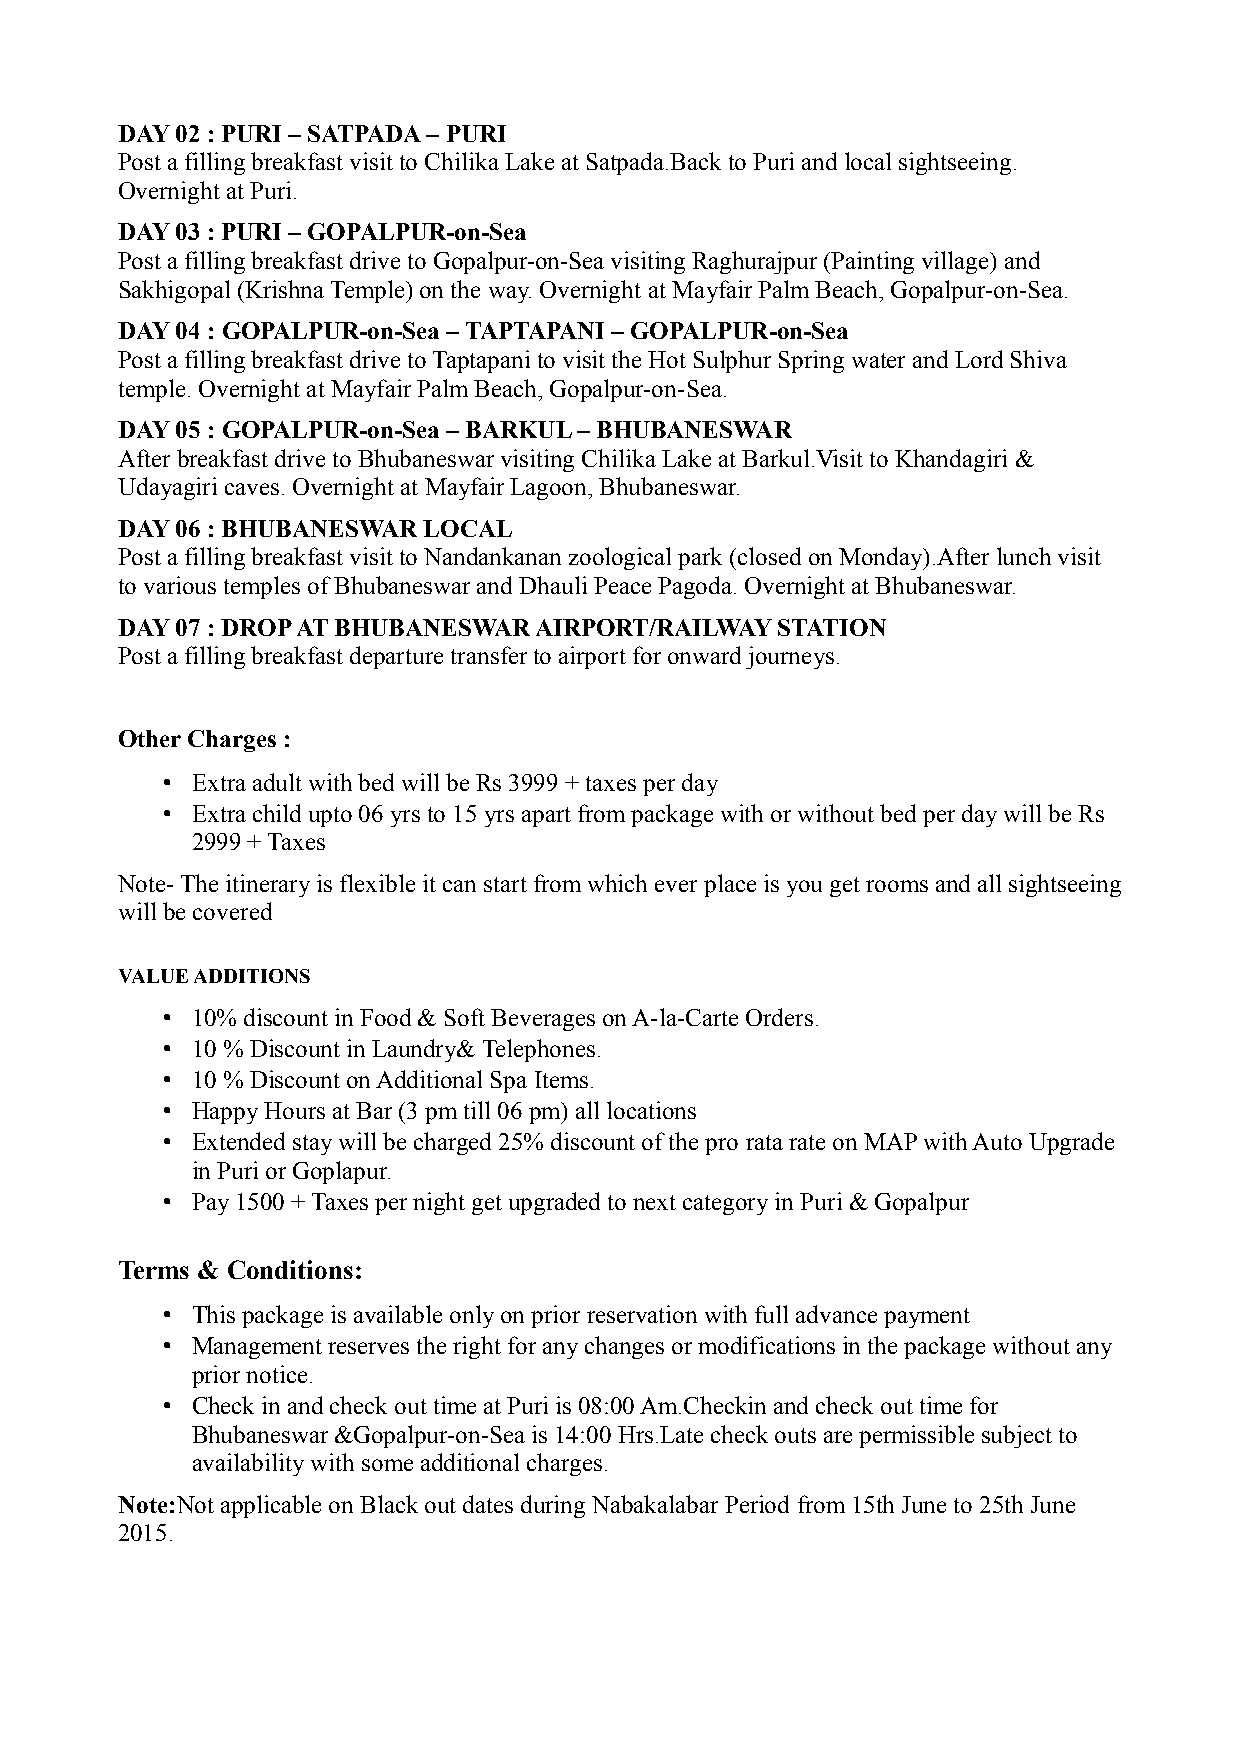
DAY 02 : PURI – SATPADA – PURI
 Post a filling breakfast visit to Chilika Lake at Satpada.Back to Puri and local sightseeing.
 Overnight at Puri.
 DAY 03 : PURI – GOPALPUR-on-Sea
 Post a filling breakfast drive to Gopalpur-on-Sea visiting Raghurajpur (Painting village) and
 Sakhigopal (Krishna Temple) on the way. Overnight at Mayfair Palm Beach, Gopalpur-on-Sea.
 DAY 04 : GOPALPUR-on-Sea – TAPTAPANI – GOPALPUR-on-Sea
 Post a filling breakfast drive to Taptapani to visit the Hot Sulphur Spring water and Lord Shiva
 temple. Overnight at Mayfair Palm Beach, Gopalpur-on-Sea.
 DAY 05 : GOPALPUR-on-Sea – BARKUL – BHUBANESWAR
 After breakfast drive to Bhubaneswar visiting Chilika Lake at Barkul.Visit to Khandagiri &
 Udayagiri caves. Overnight at Mayfair Lagoon, Bhubaneswar.
 DAY 06 : BHUBANESWAR LOCAL
 Post a filling breakfast visit to Nandankanan zoological park (closed on Monday).After lunch visit
 to various temples of Bhubaneswar and Dhauli Peace Pagoda. Overnight at Bhubaneswar.
 DAY 07 : DROP AT BHUBANESWAR AIRPORT/RAILWAY STATION
 Post a filling breakfast departure transfer to airport for onward journeys.
 Other Charges :
 • Extra adult with bed will be Rs 3999 + taxes per day
 • Extra child upto 06 yrs to 15 yrs apart from package with or without bed per day will be Rs
 2999 + Taxes
 Note- The itinerary is flexible it can start from which ever place is you get rooms and all sightseeing
 will be covered
 VALUE ADDITIONS
 • 10% discount in Food & Soft Beverages on A-la-Carte Orders.
 • 10 % Discount in Laundry& Telephones.
 • 10 % Discount on Additional Spa Items.
 • Happy Hours at Bar (3 pm till 06 pm) all locations
 • Extended stay will be charged 25% discount of the pro rata rate on MAP with Auto Upgrade
 in Puri or Goplapur.
 • Pay 1500 + Taxes per night get upgraded to next category in Puri & Gopalpur
 Terms & Conditions:
 • This package is available only on prior reservation with full advance payment
 • Management reserves the right for any changes or modifications in the package without any
 prior notice.
 • Check in and check out time at Puri is 08:00 Am.Checkin and check out time for
 Bhubaneswar &Gopalpur-on-Sea is 14:00 Hrs.Late check outs are permissible subject to
 availability with some additional charges.
 Note:Not applicable on Black out dates during Nabakalabar Period from 15th June to 25th June
 2015.